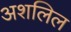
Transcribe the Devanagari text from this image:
अशलिल